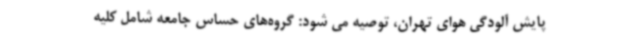
پایش آلودگی هوای تهران، توصیه می شود: گروه‌های حساس جامعه شامل کلیه